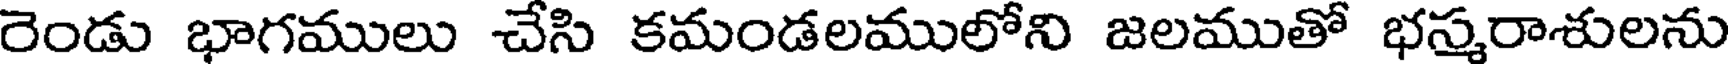
రెండు భాగములు చేసి కమండలములోని జలముతో భస్మరాశులను